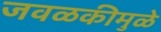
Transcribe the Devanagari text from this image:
जवळकीमुळे